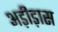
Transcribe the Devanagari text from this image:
अड़ीड़ास